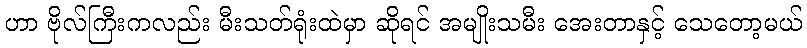
ဟာ ဗိုလ်ကြီးကလည်း မီးသတ်ရုံးထဲမှာ ဆိုရင် အမျိုးသမီး အေးတာနှင့် သေတော့မယ်